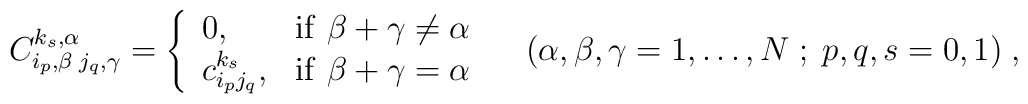
C_{i_{ p},\beta \; j_{ q},\gamma}^{k_{ s},\alpha}= \left\{\begin{array}{lll}0, & \mathrm{if} \ \beta + \gamma \neq \alpha  \\c_{i_{ p}j_{ q}}^{k_{s}}, & \mathrm{if} \ \beta + \gamma = \alpha\end{array} \right.       \quad ( \alpha, \beta, \gamma = 1, \ldots ,N\;;\;p,q,s=0,1) \; ,